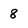
Character: 8